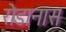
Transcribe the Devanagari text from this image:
रोडानास